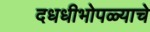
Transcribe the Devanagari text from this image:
दधधीभोपळ्याचे